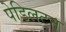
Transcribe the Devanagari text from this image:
पेडिलटन